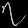
Digit: ၇